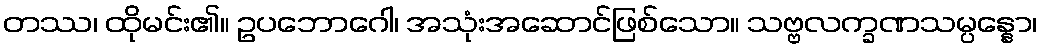
တဿ၊ ထိုမင်း၏။ ဥပဘောဂေါ၊ အသုံးအဆောင်ဖြစ်သော။ သဗ္ဗလက္ခဏသမ္ပန္နော၊